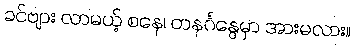
ခင်ဗျား လာမယ့် စနေ၊ တနင်္ဂနွေမှာ အားမလား။